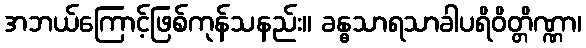
အဘယ်ကြောင့်ဖြစ်ကုန်သနည်း။ ခန္ဓသာရသာခါပရိဝိတ္တိဏ္ဏာ၊